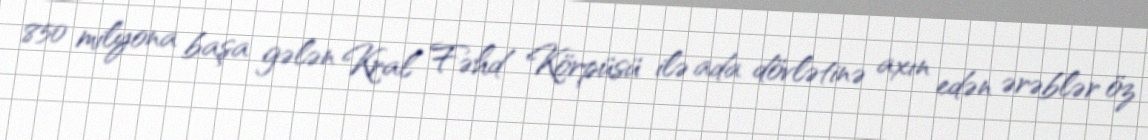
850 milyona başa gələn Kral Fəhd Körpüsü ilə ada dövlətinə axın edən ərəblər öz